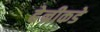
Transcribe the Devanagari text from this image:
हेन्रीकडे